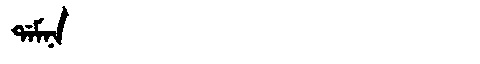
Manchu: ᡩᠠᠮᠨᠠ
Romanization: DAMNA